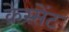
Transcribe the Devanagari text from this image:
क्रेस्सेंट